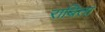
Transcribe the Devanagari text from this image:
राबिता